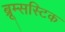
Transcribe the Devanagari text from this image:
ब्रूम्सस्टिक